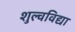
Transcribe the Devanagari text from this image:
शुल्वविद्या